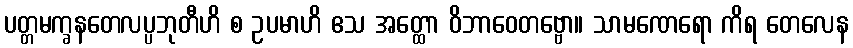
ပတ္တမက္ခနတေလပ္ပဘုတီဟိ စ ဥပမာဟိ ဧသ အတ္ထော ဝိဘာဝေတဗ္ဗော။ သာမဏေရော ကိရ တေလေန